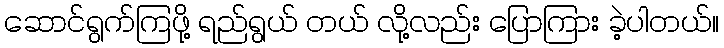
ဆောင်ရွက်ကြဖို့ ရည်ရွယ် တယ် လို့လည်း ပြောကြား ခဲ့ပါတယ်။